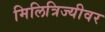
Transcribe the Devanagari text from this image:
मिलित्रिज्यीवर